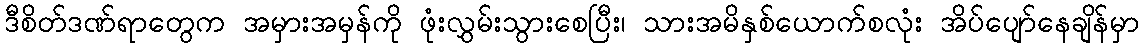
ဒီစိတ်ဒဏ်ရာတွေက အမှားအမှန်ကို ဖုံးလွှမ်းသွားစေပြီး၊ သားအမိနှစ်ယောက်စလုံး အိပ်ပျော်နေချိန်မှာ